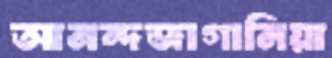
আনন্দজাগানিয়া